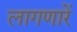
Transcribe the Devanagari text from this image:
लागणारें